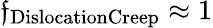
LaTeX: \mathfrak{f}_{\mathrm{{DislocationCreep}}}\approx1